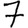
Digit: 7